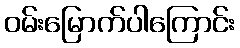
ဝမ်းမြောက်ပါကြောင်း